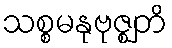
သစ္စမနုဗုဇ္ဈတိ